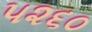
૫૨૬૦